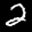
Label: 2